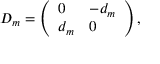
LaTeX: D _ { m } = \left( \begin{array} { l l } { { 0 } } & { { - d _ { m } } } \\ { { d _ { m } } } & { { 0 } } \end{array} \right) ,